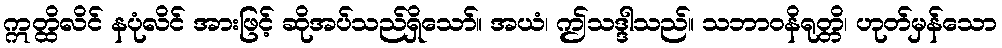
ဣတ္ထိလိင် နပုံလိင် အားဖြင့် ဆိုအပ်သည်ရှိသော်။ အယံ၊ ဤသဒ္ဒါသည်။ သဘာဝနိရုတ္တိ၊ ဟုတ်မှန်သော